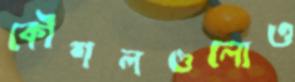
কৌশলগুলোও